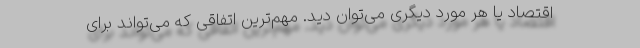
اقتصاد یا هر مورد دیگری می‌توان دید. مهم‌ترین اتفاقی که می‌تواند برای